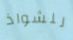
للشواذ